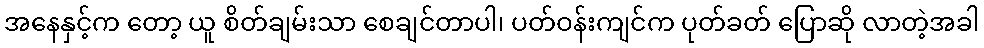
အနေနှင့်က တော့ ယူ စိတ်ချမ်းသာ စေချင်တာပါ၊ ပတ်ဝန်းကျင်က ပုတ်ခတ် ပြောဆို လာတဲ့အခါ